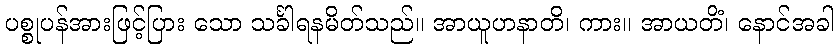
ပစ္စုပန်အားဖြင့်ပြား သော သင်္ခါရနမိတ်သည်။ အာယူဟနာတိ၊ ကား။ အာယတိံ၊ နောင်အခါ